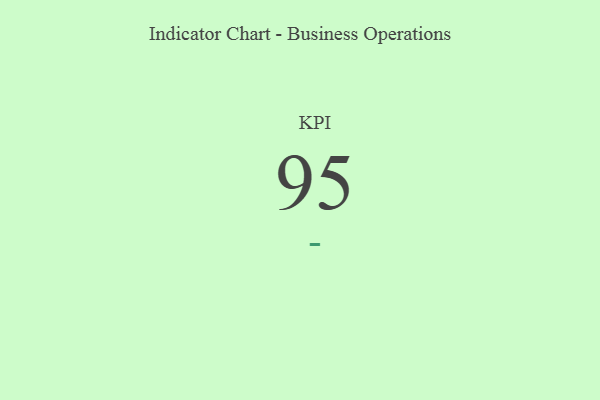
{"axis": {"x": "KPI", "y": "Value"}, "legend": [""], "data": [{"x": "KPI", "y": 95, "type": ""}]}